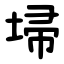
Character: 埽